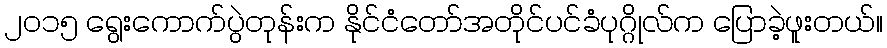
၂၀၁၅ ရွေးကောက်ပွဲတုန်းက နိုင်ငံတော်အတိုင်ပင်ခံပုဂ္ဂိုလ်က ပြောခဲ့ဖူးတယ်။